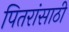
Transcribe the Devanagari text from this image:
पितरांसाठी